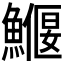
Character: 𩻖